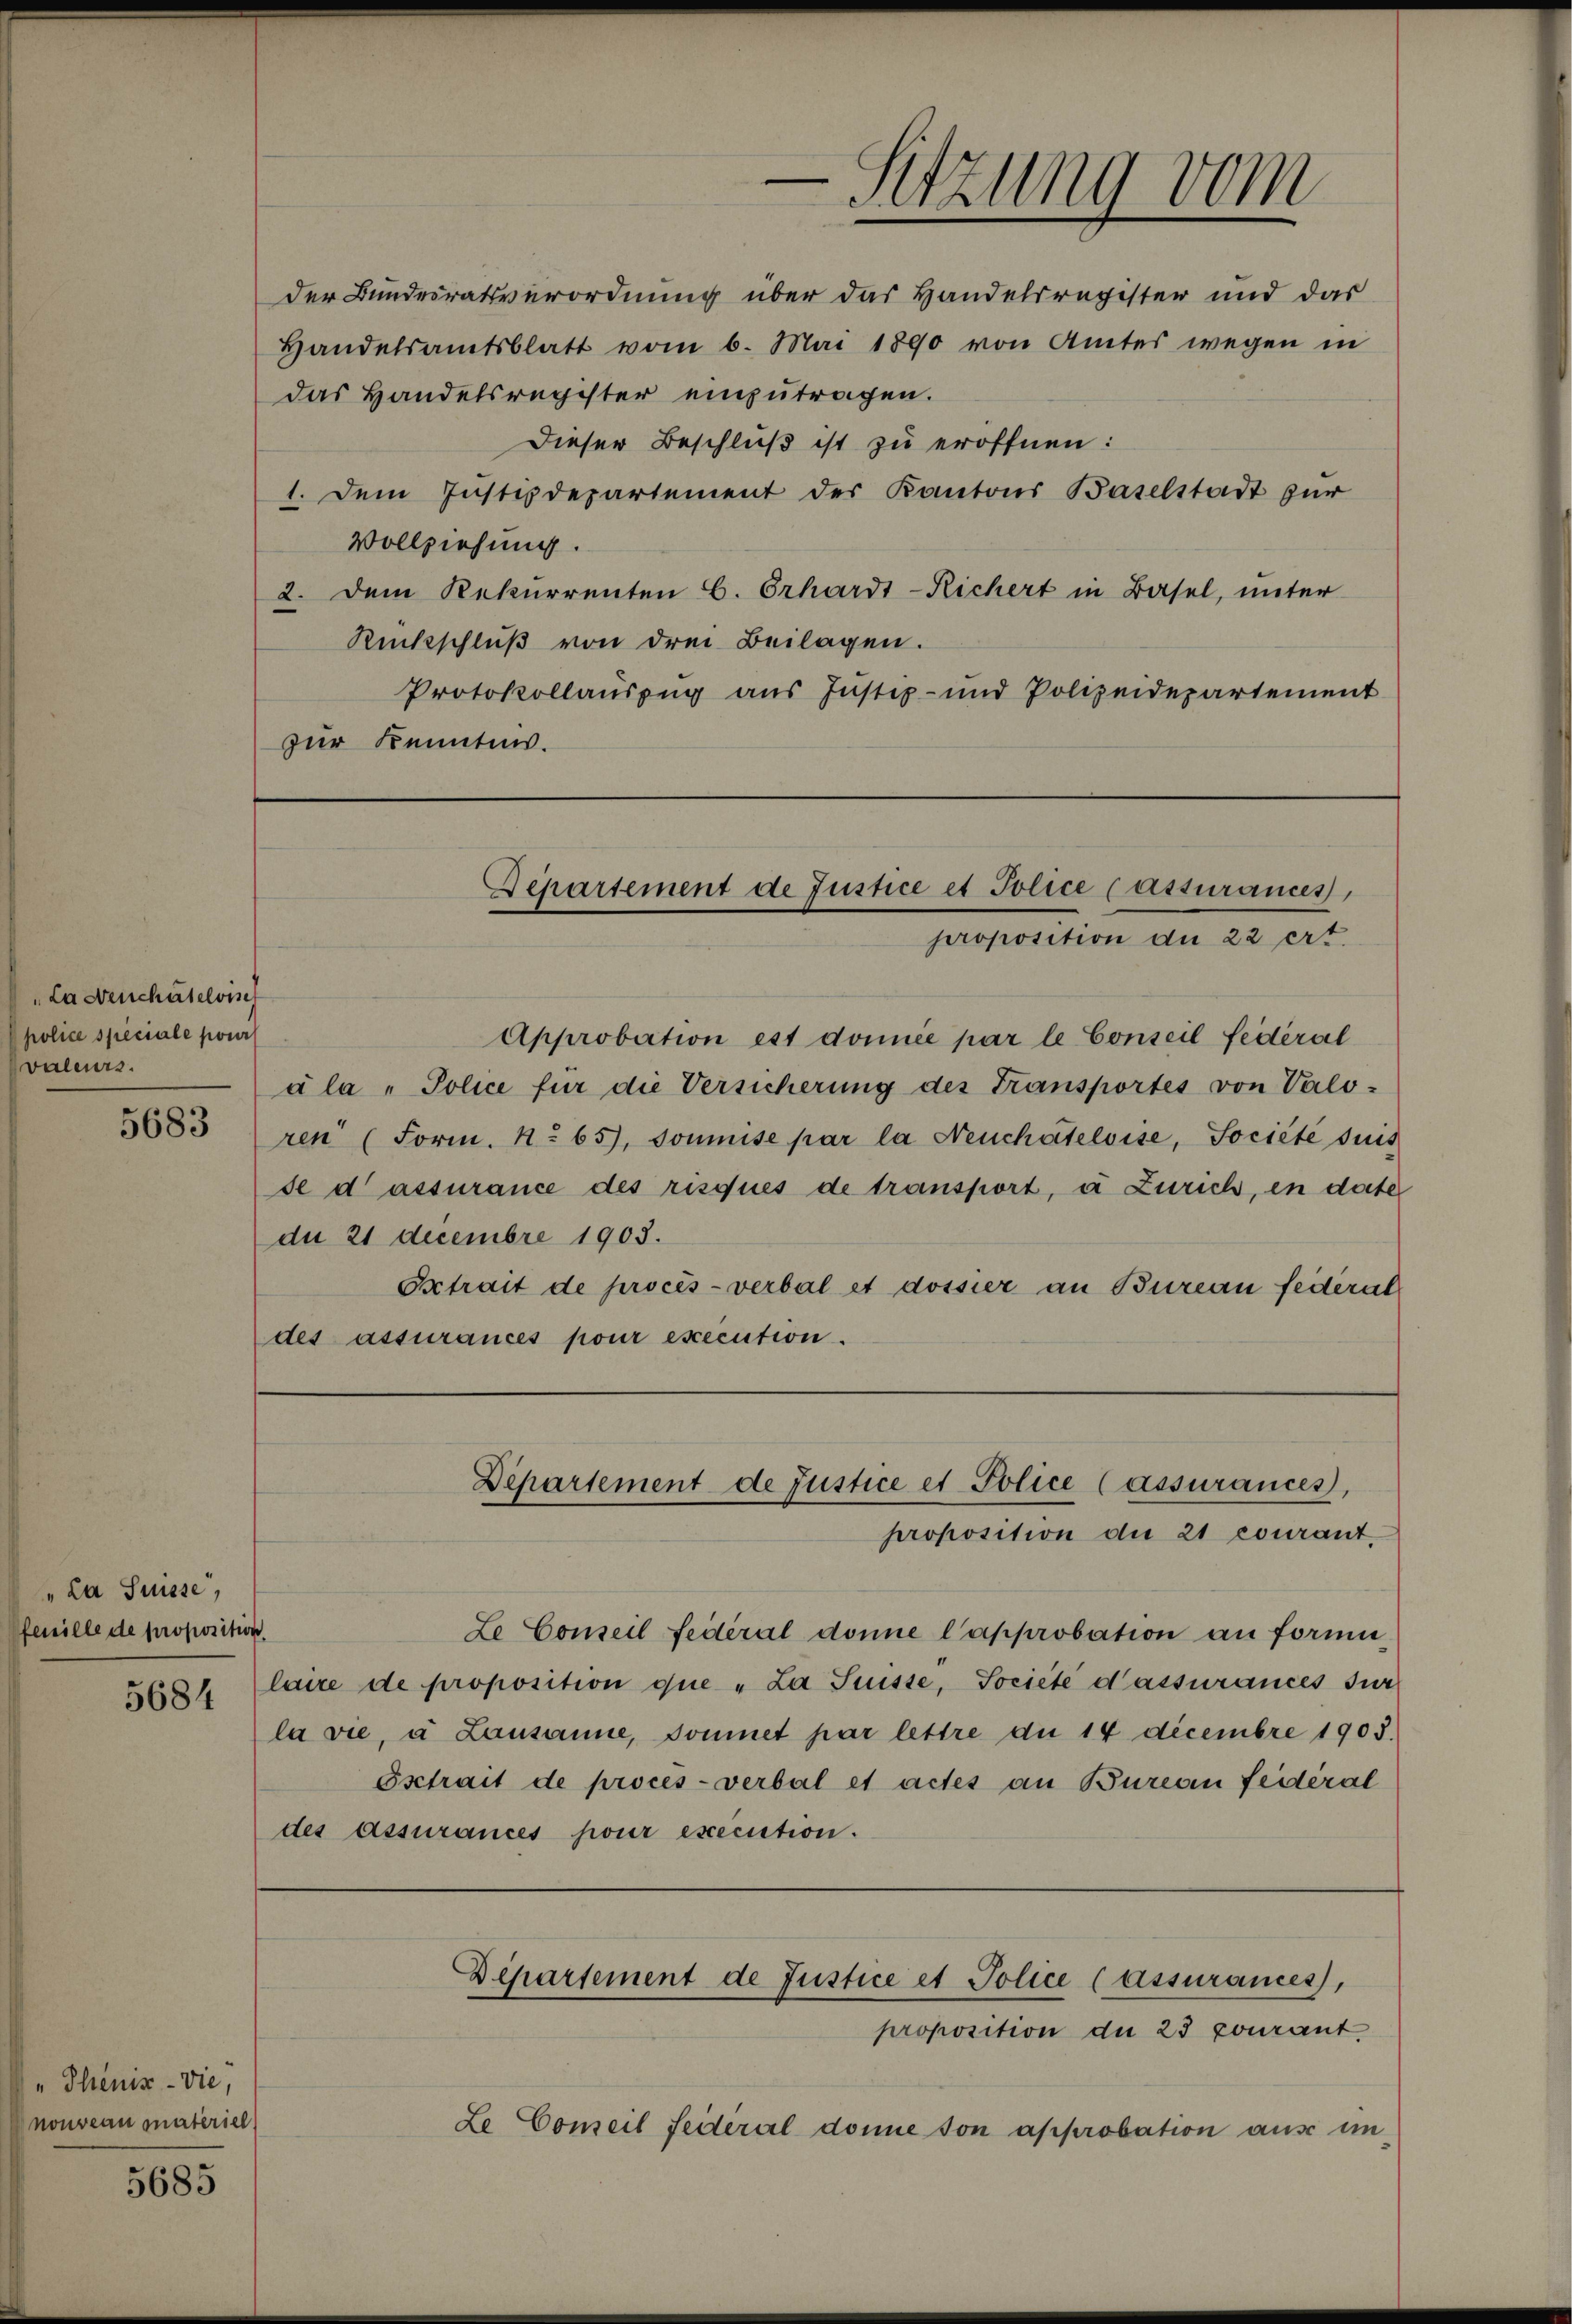
La Menschatelvisch
police speciale pour
valeurs.

5683

"La Suisse,
fenille de proposition.
5684

"Theniz-vie,
nouveau materiel

5685

der Bundesratsverordnung über das Handelsregister und das
Handelsamtsblatt vom 6. Mai 1890 von Amtes wegen in
das Handelsregister einzutragen.
Dieser Beschluß ist zu eröffnen:
1. Dem Justizdepartement der Kantons Baselstadt zur
Vollziehung.
2. dem Rekurrenten B. Erhardt-Richert in Basel, unter
Rückschluß von drei Beilagen.
Protokollauszug aus Justiz- und Polizeidepartement
zur Kenntnis.

Approbation est donnée par le Conseil fédéral
ála - Police für die Versicherung des Transportes von Valo-
ren (Form. No 65), soumise par la Neuchâteloise, Société suis
se d’assurance des risques de transport, u Zürich, in date
du 21 Decembre 1905.
Extrait de procès-verbal et dossier an Bureau federat
des assurances pour execution.

la vie, à Lausanne, donnet par lettre die 14 Decembre 1903.
Gschait de procès-verbal et actes an Buresen feideral
des assurances pour execution.

Le Conseil fédéral donne l’approbation an formi
laire de proposition que „La Suisse, Société d’assurances sur
Departement de Justice et Police (assurances,
proposition du 23 courant
Le Conseil Seiteral donne son approbation aus un-

-Sitzung vom

Separtement de Justice et Police (essurances,
proposition du 22 ert

Departement de Justice et Police Cassurances,
proposition die 21 courant.